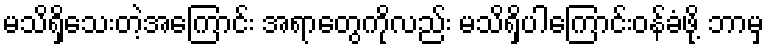
မသိရှိသေးတဲ့အကြောင်း အရာတွေကိုလည်း မသိရှိပါကြောင်းဝန်ခံဖို့ ဘာမှ